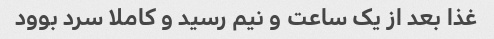
غذا بعد از یک ساعت و نیم رسید و کاملا سرد بوود